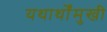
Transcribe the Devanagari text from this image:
यथार्थोंमुखी